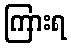
ကြားရ